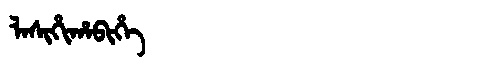
Manchu: ᠯᠠᠰᡳᡥᡳᡥᠠᠪᡳᡥᡝ
Romanization: LASIHIHABIHE